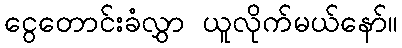
ငွေတောင်းခံလွှာ ယူလိုက်မယ်နော်။